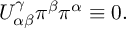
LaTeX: U _ { \alpha \beta } ^ { \gamma } \pi ^ { \beta } \pi ^ { \alpha } \equiv 0 .